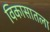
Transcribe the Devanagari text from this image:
विकासातला